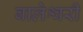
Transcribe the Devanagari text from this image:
बालेश्वरी